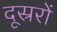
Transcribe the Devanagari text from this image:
दूस्ररों